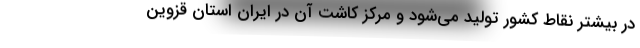
در بیشتر نقاط کشور تولید می‌شود و مرکز کاشت آن در ایران استان قزوین